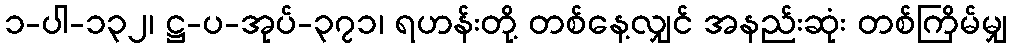
၁-ပါ-၁၃၂၊ ဋ္ဌ-ပ-အုပ်-၃၇၁၊ ရဟန်းတို့ တစ်နေ့လျှင် အနည်းဆုံး တစ်ကြိမ်မျှ